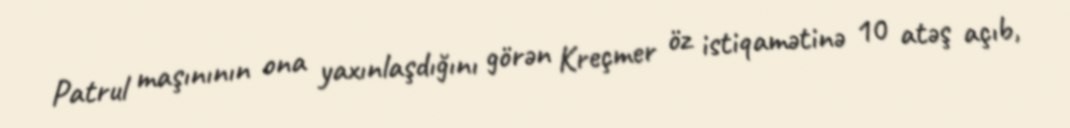
Patrul maşınının ona yaxınlaşdığını görən Kreçmer öz istiqamətinə 10 atəş açıb,